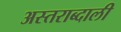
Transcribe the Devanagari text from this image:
अस्तराब्दाली